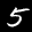
Label: 5